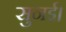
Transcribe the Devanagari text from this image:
सुनई।